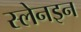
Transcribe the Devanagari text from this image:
स्लेनइन